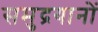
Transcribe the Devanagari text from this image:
समुद्रयानों